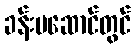
ခန်းမဆောင်တွင်